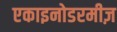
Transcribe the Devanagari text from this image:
एकाइनोडरमीज़